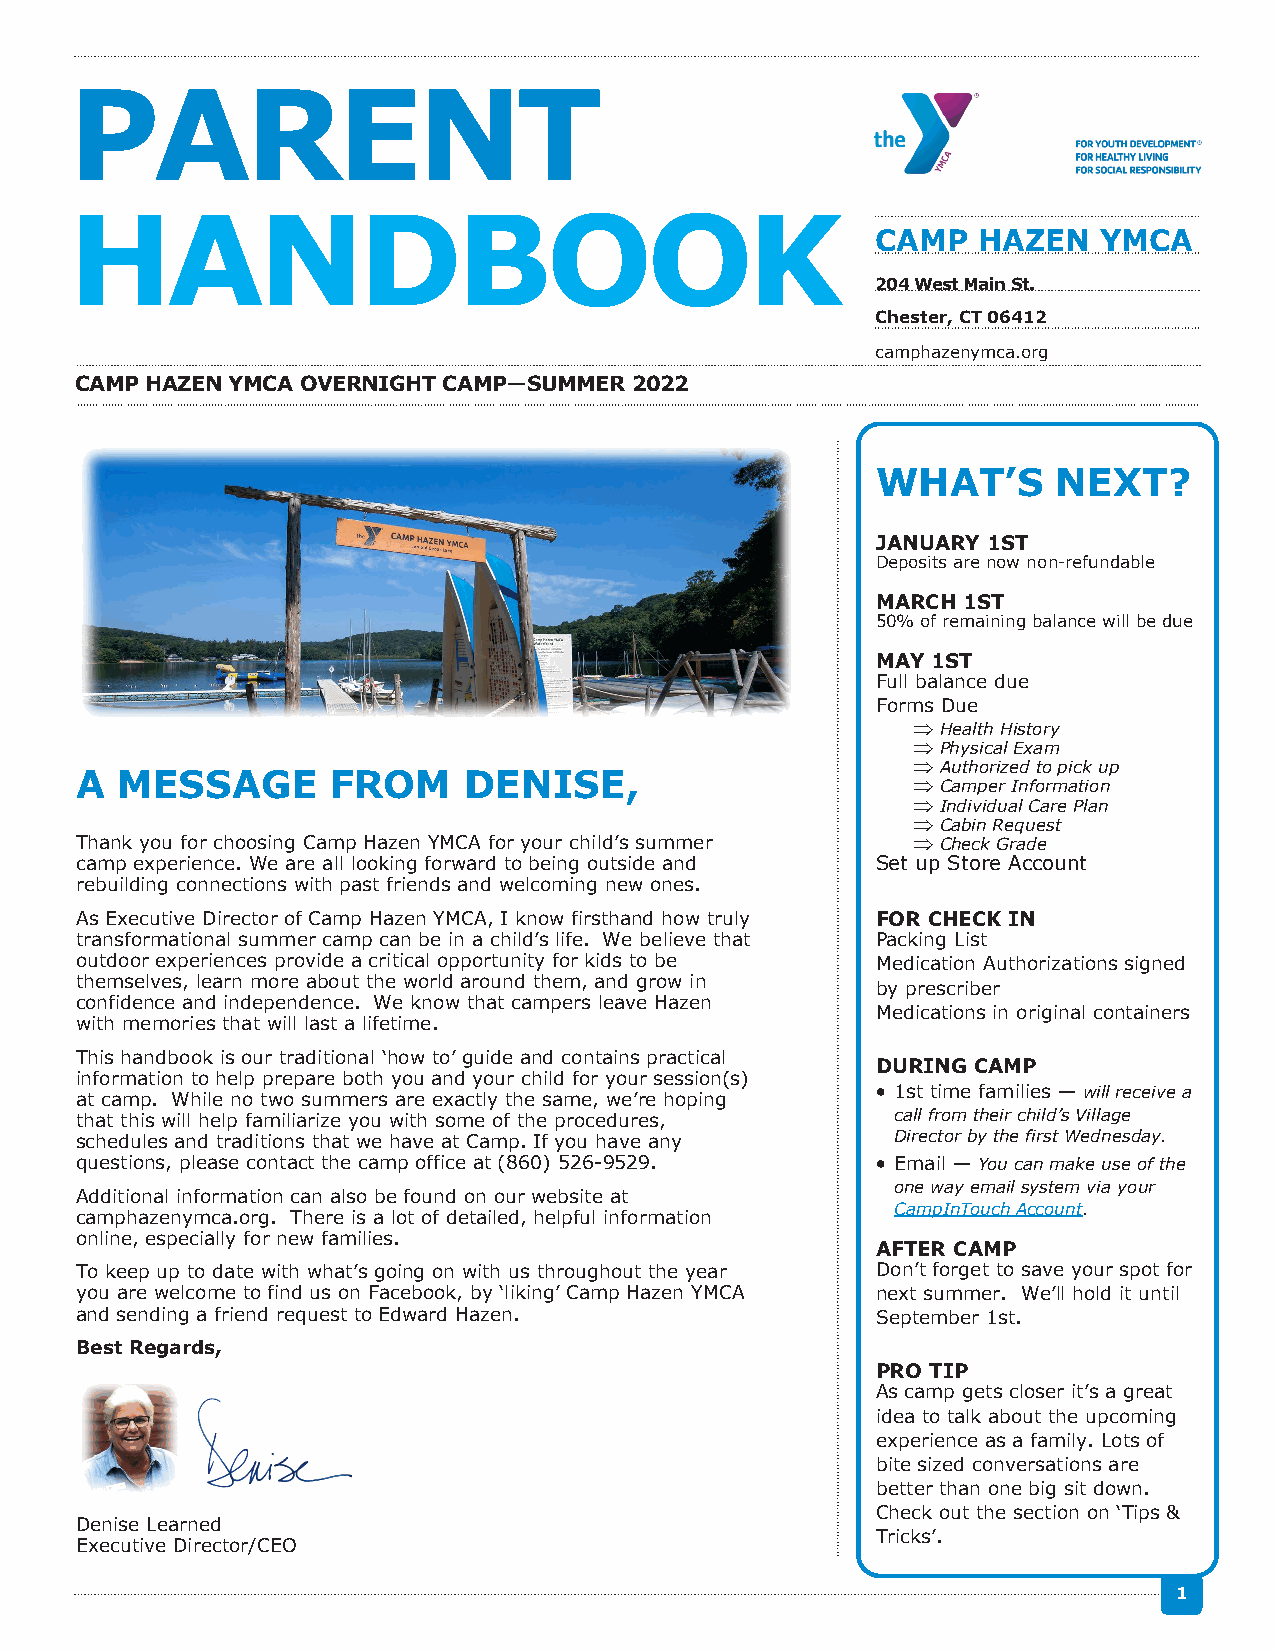
PARENT
 HANDBOOK
 CAMP   HAZEN   YMCA
 204 West Main St.
 Chester, CT 06412
 camphazenymca.org
 CAMP HAZEN YMCA OVERNIGHT CAMP—SUMMER 2022
 WHAT’S      NEXT?
 JANUARY 1ST
 Deposits are now non-refundable
 MARCH 1ST
 50% of remaining balance will be due
 MAY 1ST
 Full balance due
 Forms Due
  Health History
  Physical Exam
  Authorized to pick up
 A  MESSAGE       FROM     DENISE,
  Camper Information
  Individual Care Plan
  Cabin Request
 Thank you for choosing Camp Hazen YMCA for your child’s summer  Check Grade
 camp experience. We are all looking forward to being outside and Set up Store Account
 rebuilding connections with past friends and welcoming new ones.
 As Executive Director of Camp Hazen YMCA, I know firsthand how truly FOR CHECK IN
 transformational summer camp can be in a child’s life. We believe that Packing List
 outdoor experiences provide a critical opportunity for kids to be Medication Authorizations signed
 themselves, learn more about the world around them, and grow in
 by prescriber
 confidence and independence. We know that campers leave Hazen
 Medications in original containers
 with memories that will last a lifetime.
 This handbook is our traditional ‘how to’ guide and contains practical
 DURING CAMP
 information to help prepare both you and your child for your session(s)
 • 1st time families — will receive a
 at camp. While no two summers are exactly the same, we’re hoping
 that this will help familiarize you with some of the procedures, call from their child’s Village
 schedules and traditions that we have at Camp. If you have any Director by the first Wednesday.
 questions, please contact the camp office at (860) 526-9529. • Email — You can make use of the
 one way email system via your
 Additional information can also be found on our website at
 CampInTouch Account.
 camphazenymca.org. There is a lot of detailed, helpful information
 online, especially for new families.
 AFTER CAMP
 To keep up to date with what’s going on with us throughout the year Don’t forget to save your spot for
 you are welcome to find us on Facebook, by ‘liking’ Camp Hazen YMCA next summer. We’ll hold it until
 and sending a friend request to Edward Hazen.        September 1st.
 Best Regards,
 PRO TIP
 As camp gets closer it’s a great
 idea to talk about the upcoming
 experience as a family. Lots of
 bite sized conversations are
 better than one big sit down.
 Check out the section on ‘Tips &
 Denise Learned
 Tricks’.
 Executive Director/CEO
 1